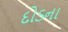
દોડના